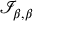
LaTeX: { \mathcal { I } } _ { \beta , \beta }